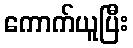
ကောက်ယူပြီး